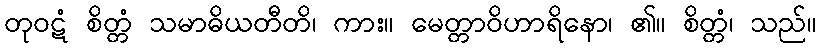
တုဝဋံ စိတ္တံ သမာဓိယတီတိ၊ ကား။ မေတ္တာဝိဟာရိနော၊ ၏။ စိတ္တံ၊ သည်။